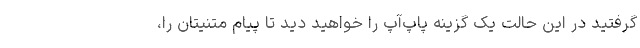
گرفتید در این حالت یک گزینه پاپ‌آپ را خواهید دید تا پیام متنیتان را،